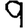
Digit: 9